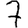
Digit: 7